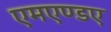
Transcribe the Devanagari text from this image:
एमएण्डए